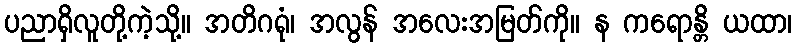
ပညာရှိလူတို့ကဲ့သို့။ အတိဂရုံ၊ အလွန် အလေးအမြတ်ကို။ န ကရောန္တိ ယထာ၊